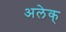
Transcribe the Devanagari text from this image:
अलेक्